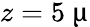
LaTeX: z=5~\upmu